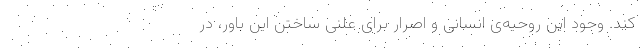
کند. وجودِ این روحیه‌ی انسانی و اصرار برای علنی ساختنِ این باور، در